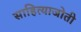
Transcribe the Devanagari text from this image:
साहित्याजोती